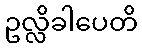
ဥလ္လိခါပေတိ